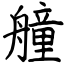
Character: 艟